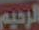
الرحيم